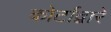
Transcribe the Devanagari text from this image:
कोर्टाद्वारे